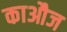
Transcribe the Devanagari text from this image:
काऔज